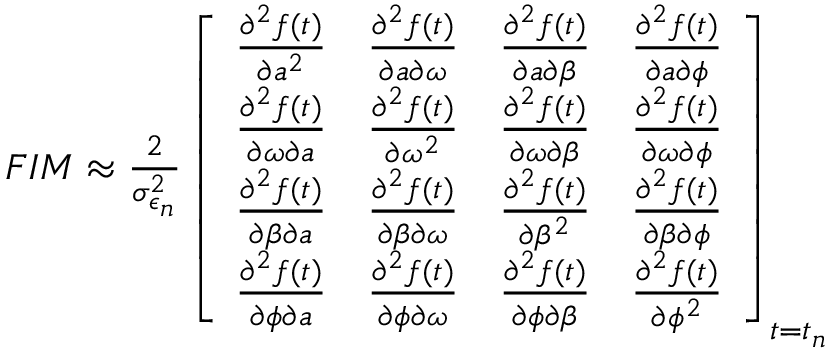
\begin{array} { r } { F I M \approx \frac { 2 } { \sigma _ { \epsilon _ { n } } ^ { 2 } } \left[ \begin{array} { l l l l } { \frac { \partial ^ { 2 } f ( t ) } { \partial a ^ { 2 } } } & { \frac { \partial ^ { 2 } f ( t ) } { \partial a \partial \omega } } & { \frac { \partial ^ { 2 } f ( t ) } { \partial a \partial \beta } } & { \frac { \partial ^ { 2 } f ( t ) } { \partial a \partial \phi } } \\ { \frac { \partial ^ { 2 } f ( t ) } { \partial \omega \partial a } } & { \frac { \partial ^ { 2 } f ( t ) } { \partial \omega ^ { 2 } } } & { \frac { \partial ^ { 2 } f ( t ) } { \partial \omega \partial \beta } } & { \frac { \partial ^ { 2 } f ( t ) } { \partial \omega \partial \phi } } \\ { \frac { \partial ^ { 2 } f ( t ) } { \partial \beta \partial a } } & { \frac { \partial ^ { 2 } f ( t ) } { \partial \beta \partial \omega } } & { \frac { \partial ^ { 2 } f ( t ) } { \partial \beta ^ { 2 } } } & { \frac { \partial ^ { 2 } f ( t ) } { \partial \beta \partial \phi } } \\ { \frac { \partial ^ { 2 } f ( t ) } { \partial \phi \partial a } } & { \frac { \partial ^ { 2 } f ( t ) } { \partial \phi \partial \omega } } & { \frac { \partial ^ { 2 } f ( t ) } { \partial \phi \partial \beta } } & { \frac { \partial ^ { 2 } f ( t ) } { \partial \phi ^ { 2 } } } \end{array} \right] _ { t = t _ { n } } } \end{array}